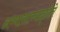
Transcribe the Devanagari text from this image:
अभ्यासाच्यादृष्टीने